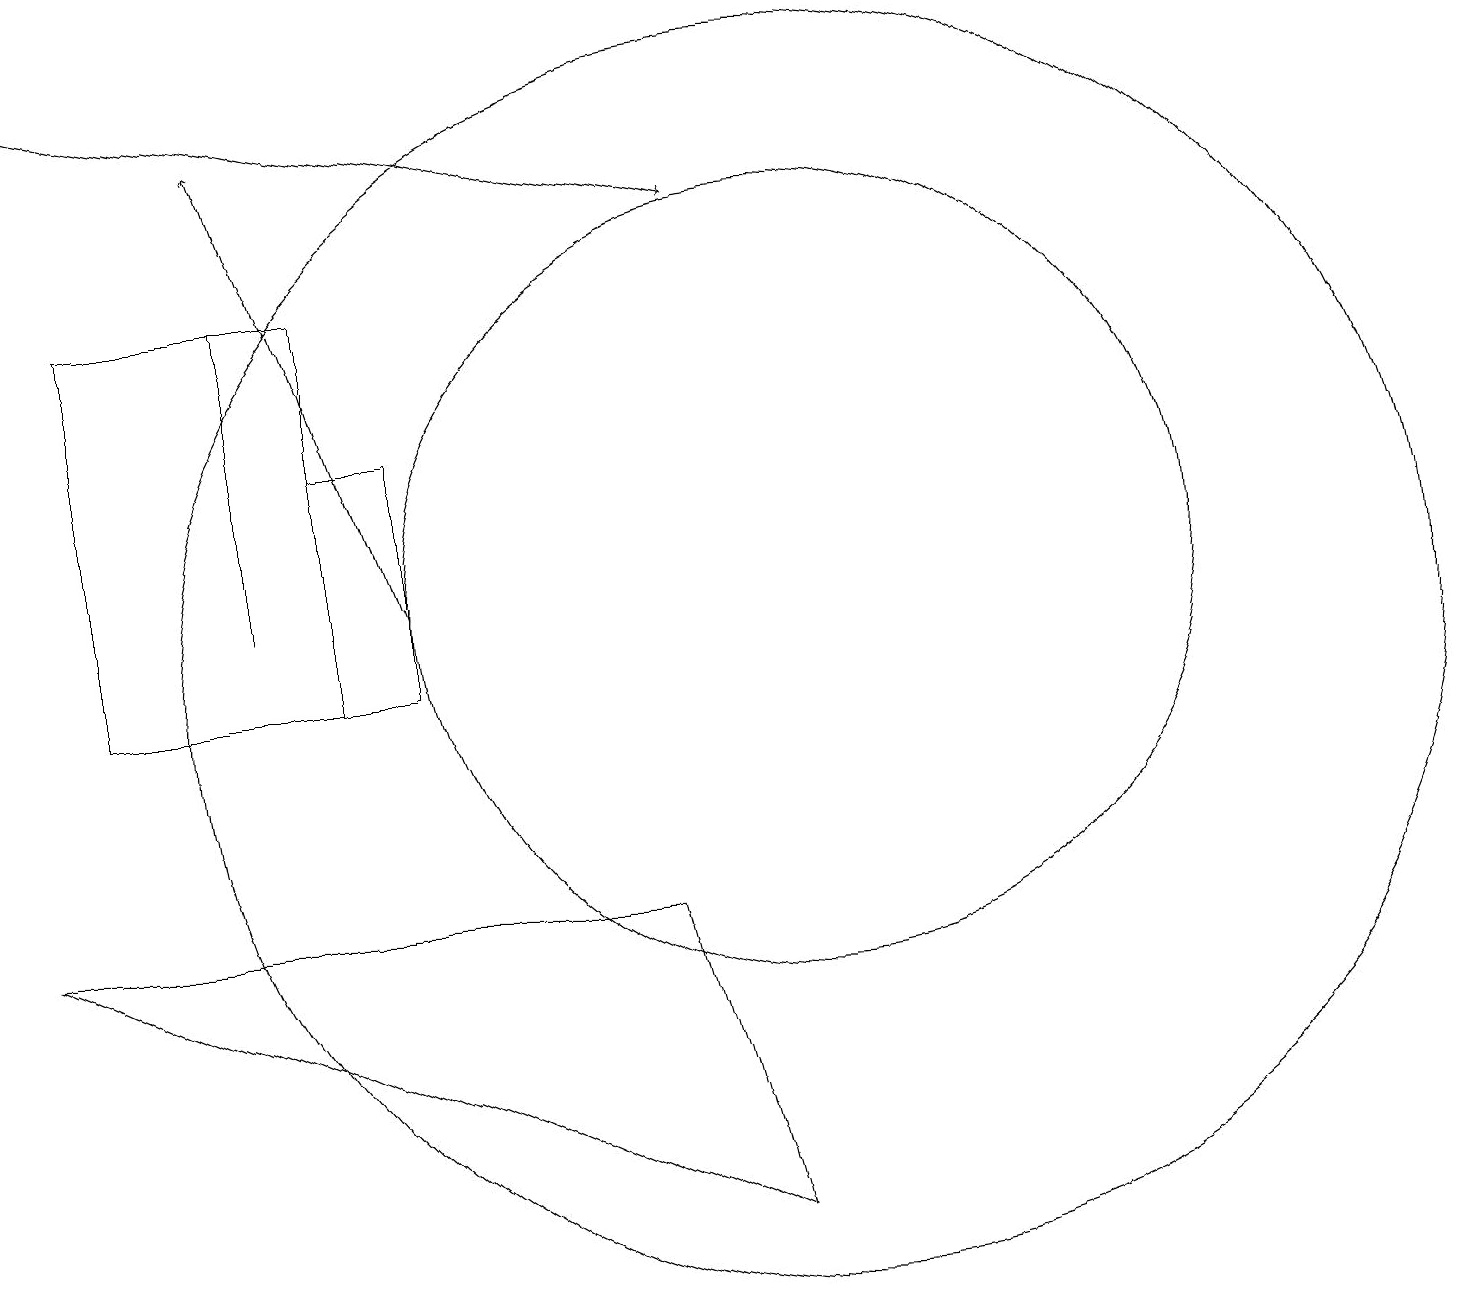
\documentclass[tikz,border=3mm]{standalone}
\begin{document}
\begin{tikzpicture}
\draw (5,14) rectangle (4,11);
\draw (10,12) circle (5);
\draw (10,11) circle (8);
\draw[->] (5,12) -- (3,18);
\draw[->] (0,19) -- (9,17);
\draw (9,4) -- (0,8) -- (8,8) -- cycle;
\draw (3,16) rectangle (3,12);
\draw (4,11) rectangle (1,16);
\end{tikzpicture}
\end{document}